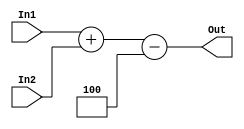
`timescale 1ns / 1ps
//////////////////////////////////////////////////////////////////////////////////
// Company: 
// Engineer: 
// 
// Design Name: 
// Module Name:    incrementor_PC_immediate 
// Project Name: 
// Target Devices: 
// Tool versions: 
// Description: 
//
// Dependencies: 
//
// Revision: 
// Revision 0.01 - File Created
// Additional Comments: 
//
//////////////////////////////////////////////////////////////////////////////////
module incrementor_PC_immediate(
    input wire [31:0] In1,
    input wire [31:0] In2,
    output wire [31:0] Out
    );
	 
	 //assign Out = In1 + In2; 
	 assign Out = In1 + In2 - 32'b100; // PC + 4 + (Immed-4) 


endmodule